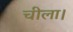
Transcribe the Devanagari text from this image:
चीला।